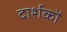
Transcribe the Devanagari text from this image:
दार्शकों